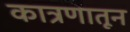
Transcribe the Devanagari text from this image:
कात्रणातून